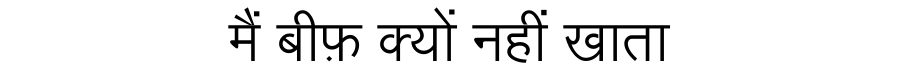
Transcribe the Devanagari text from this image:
मैं बीफ़ क्यों नहीं खाता